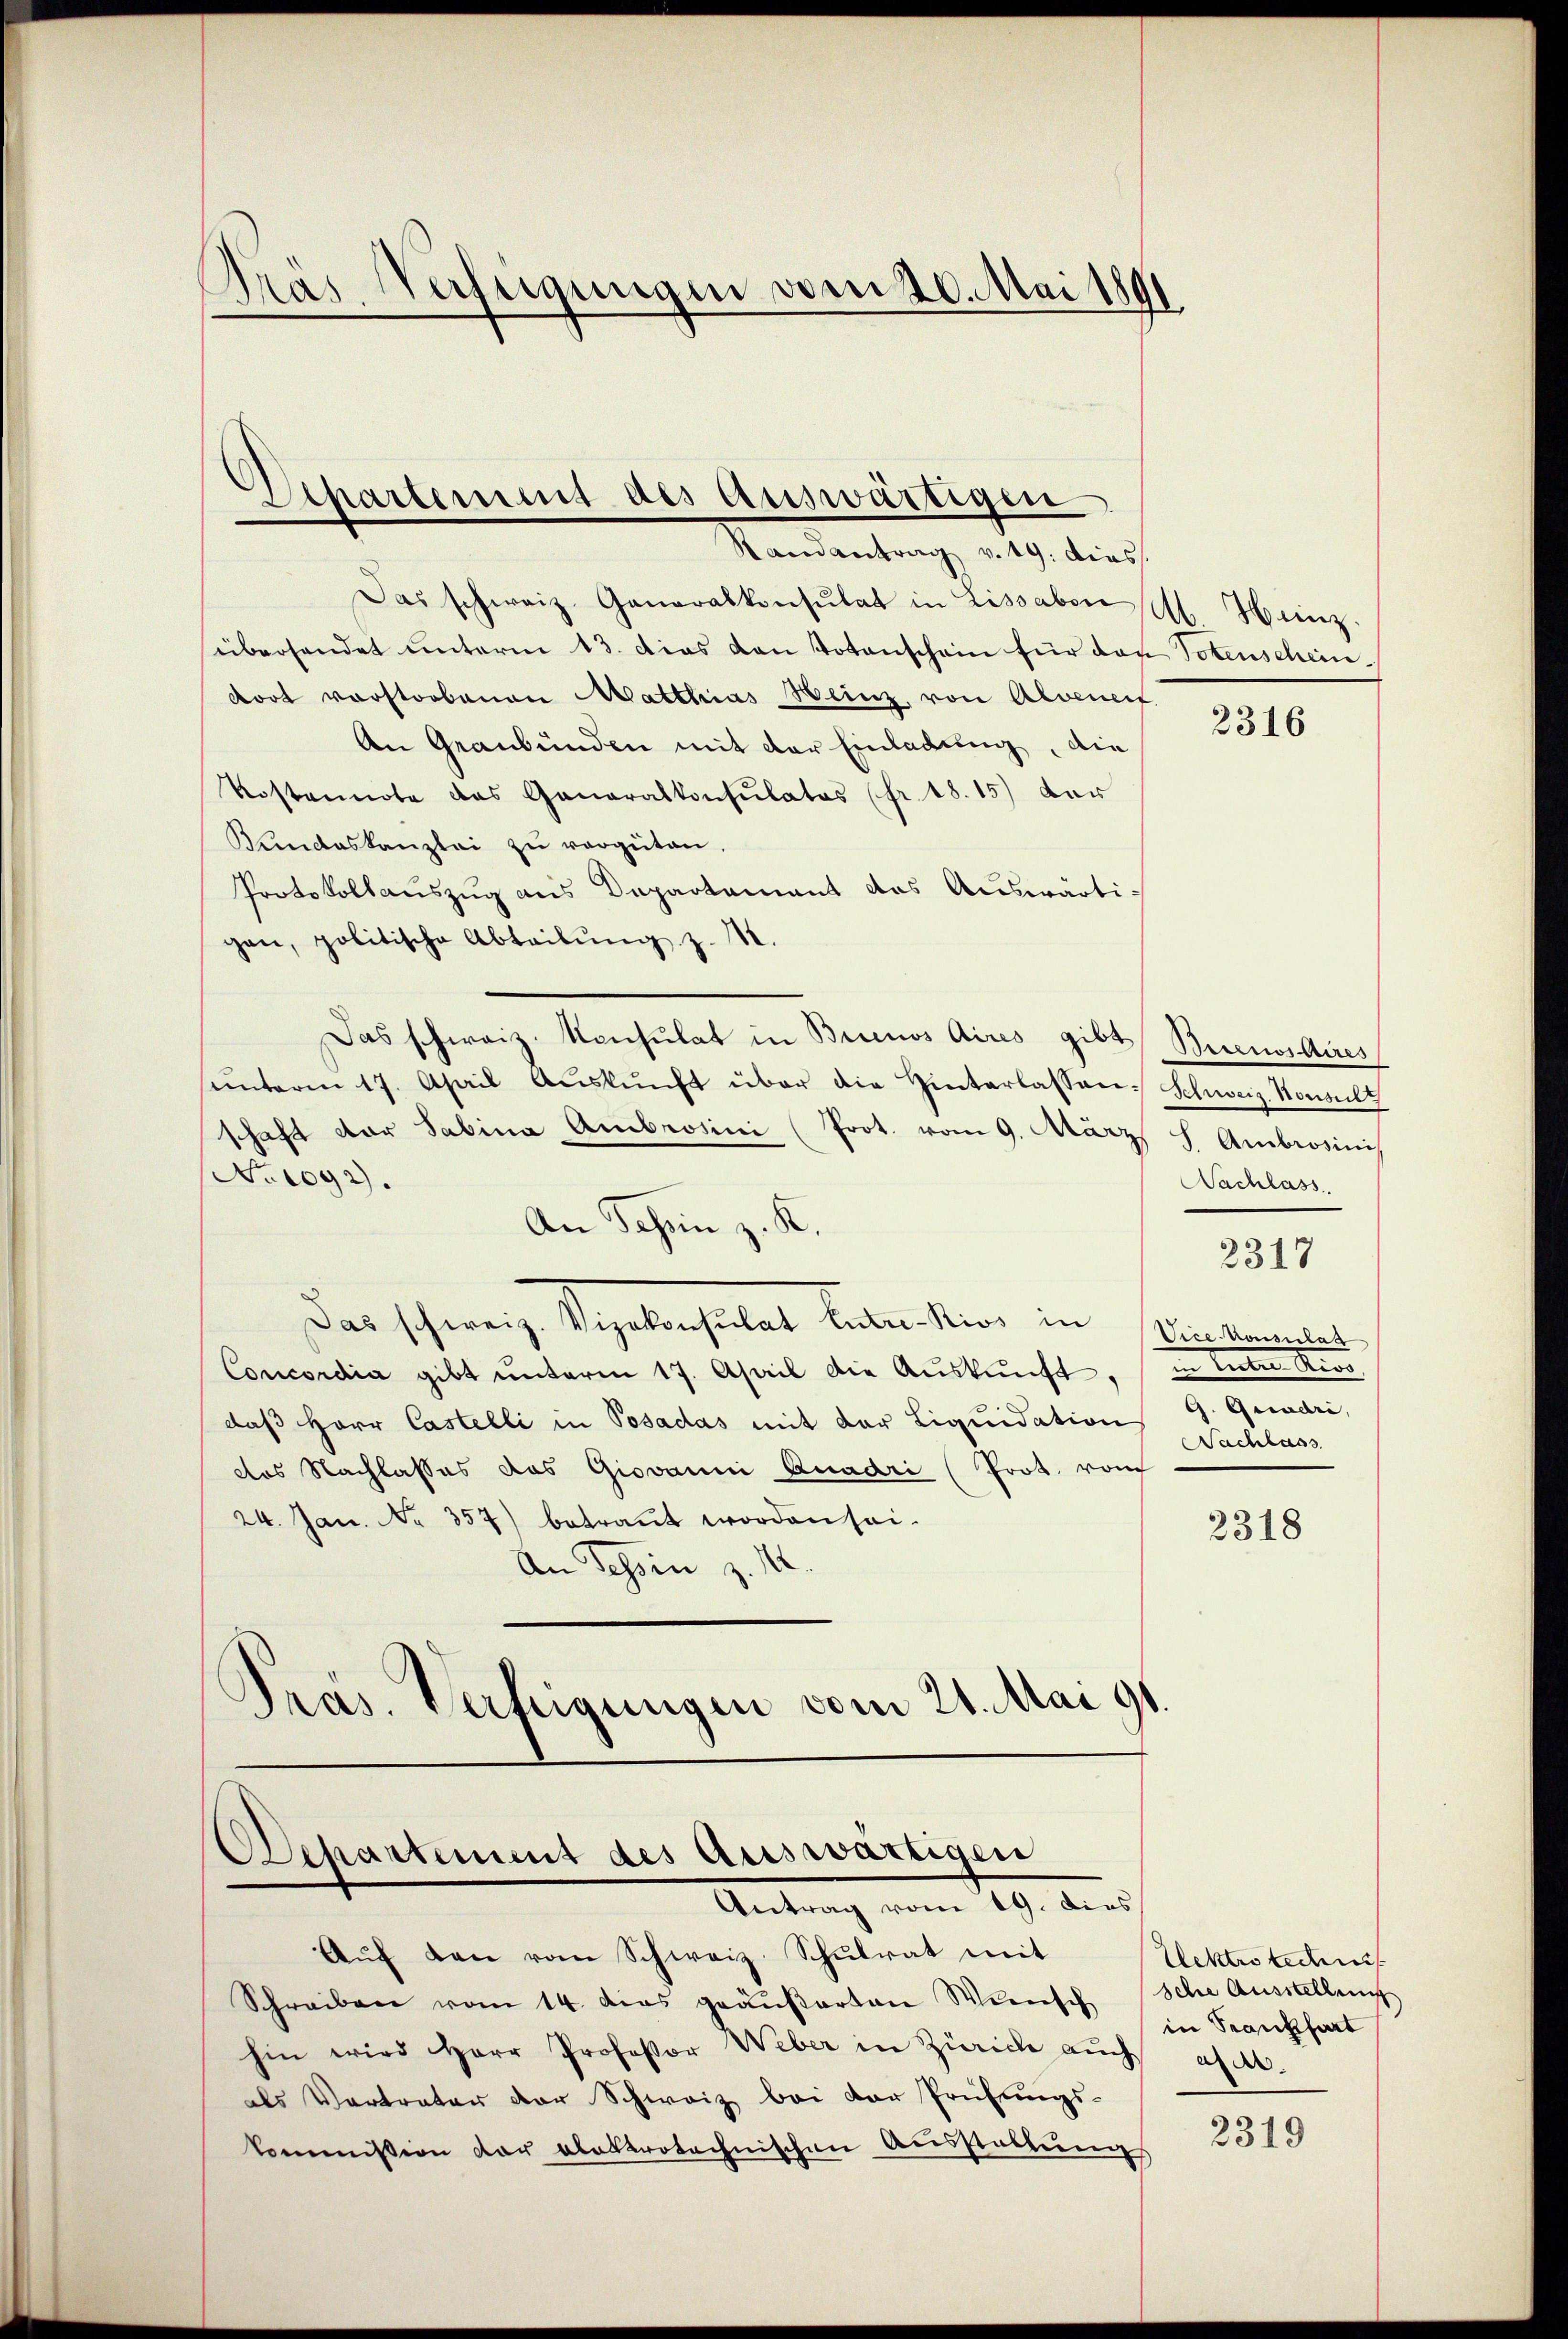
Gras Verfügungen vom 20. Mai 180

Departement des Auswärtigen
Randantrag v. 19. dies

Das schweiz. Generalkonsulat in Lissaben A. Henz.
überhandet unterm 13. dies den Totenschein für den Totenscheindort vorstorbenen Matthias Heinz, von Alveneif
An Graubünden mit der Einladung, die
Kostennote das Ganaralkonsulatos (fr. 18.15) der
Kundeskanzlei zŭ vergüten.
Protokollaŭszŭg ans Departamant das Auswärtigan, politische Abteilŭng z. 11
Das schweiz. Konsulat in Brinos Aires gibt Buenos Aires
sunterm 17. April Aŭskŭnft über die Hinterlassen Schweiz. Konsult
schaft der Sabina Ambrosini (Prot. vom 9. März 8. Ambrosinis
No 1092).
An Schen z. K.
Das schweiz. Vizekonsulat kein Rios in Dekannlet
Concordia gibt ŭnterm 17. April die Aŭskŭnft,
daß Herr Castelli in Posadas mit der Liquidation 4. Quadri,
das Nachlasses das Giovanni Ruadri (Prot. von
24. Jan. Nr. 357) betraut worden sei.
An Tessin z. 10.
Präs. Verfügungen vom 21. Mai 91.

Departement des Auswärtigen
Antrag vom 19. dies

Aŭf den vom Schweiz. Schulrat mit
Schreiben vom 14. dies geäußerten Wunsch in Franckhart
hin wird Herr Professor Weber in Zürich aŭch aus.
als Vertrater der Schweiz bei der Prüfungs-
kommission der aberprotechnischen Ausstattungs

Nachlass
2317
in leiten Kind
Nachlass

2316

2318

Ulektro technis
sche Ausstellung

2319